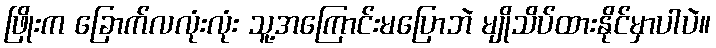
ဖြိုးက ခြောက်လလုံးလုံး သူ့အကြောင်းမပြောဘဲ မျိုသိပ်ထားနိုင်မှာပါပဲ။